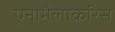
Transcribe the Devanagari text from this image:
ऐनोमैलोकेरिस